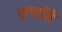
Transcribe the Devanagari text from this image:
रागानि